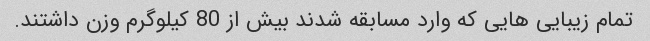
تمام زیبایی هایی که وارد مسابقه شدند بیش از 80 کیلوگرم وزن داشتند.